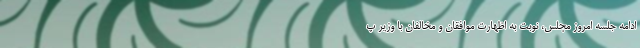
ادامه جلسه امروز مجلس، نوبت به اظهارت موافقان و مخالفان با وزیر پ